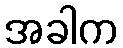
အခါက